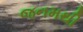
જનમથી